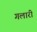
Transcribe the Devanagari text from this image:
गलारी